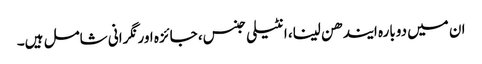
ان میں دوبارہ ایندھن لینا، انٹیلی جنس، جائزہ اور نگرانی شامل ہیں۔